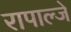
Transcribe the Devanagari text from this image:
रापाल्जे